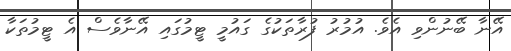
އޭނާ ބޭނުންވި އެވެ. އުމުރު ފުރާތަކުގެ ގައުމީ ޓީމުގައި އޭނާވެސް އެ ޓީމުތަކާ